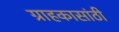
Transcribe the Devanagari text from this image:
ग्राहकासांठी